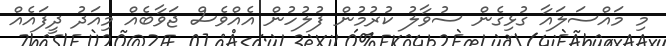
މި މައްސަލައާ ގުޅިގެން ސުވާލު ކުރުމުން ފުލުހުން އެއްވެސް ޖަވާބެއް މިއަދު ދީފައެއް